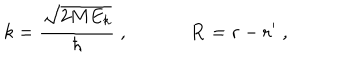
k = \frac { \sqrt { 2 M E _ { k } } } { \hbar } \; , { \bf R } = { \bf r } - { \bf r } ^ { \prime } \; ,